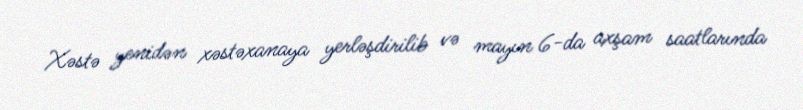
Xəstə yenidən xəstəxanaya yerləşdirilib və mayın 6-da axşam saatlarında